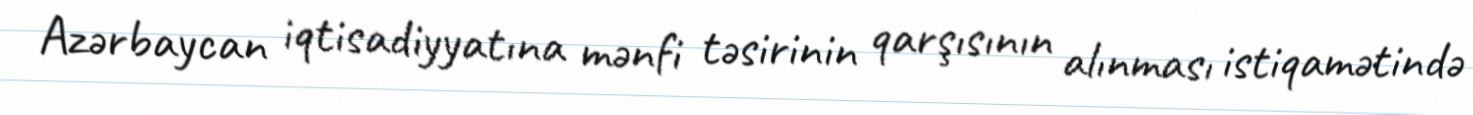
Azərbaycan iqtisadiyyatına mənfi təsirinin qarşısının alınması istiqamətində